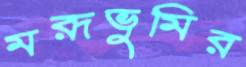
মরূভুমির